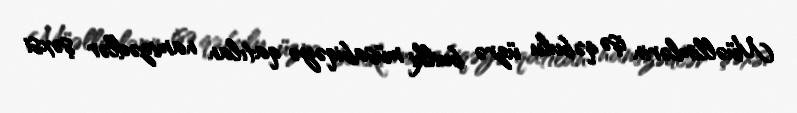
Müəllimlərin işə qəbulu üzrə builki müsabiqəyə qatılan namizədlər şəxsi